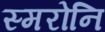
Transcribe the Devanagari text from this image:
स्मरोनि